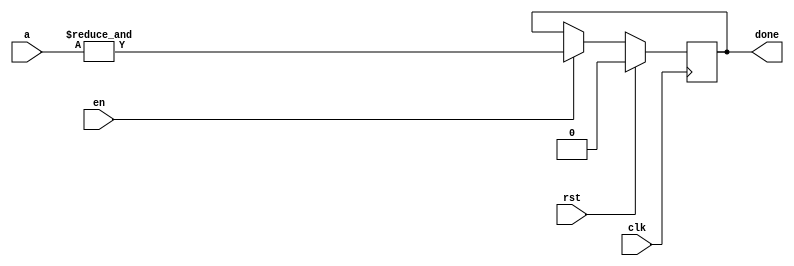
`timescale 1ns / 1ps
//////////////////////////////////////////////////////////////////////////////////
// Company: 
// Engineer: 
// 
// Design Name: 
// Module Name: check
// Project Name: 
// Target Devices: 
// Tool Versions: 
// Description: 
// 
// Dependencies: 
// 
// Revision:
// Revision 0.01 - File Created
// Additional Comments:
// 
//////////////////////////////////////////////////////////////////////////////////


module check(clk,rst,en,a,done);

parameter size=9;

input clk;
input rst;
input en;
input [size-1:0]a;
output reg done;

always @(posedge clk)
begin
    if(rst) begin
        done<=0;
    end else if(en) begin
        done<=&a;
    end
end

endmodule